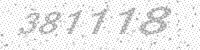
Solution: 381118